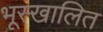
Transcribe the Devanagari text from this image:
भूस्खालित